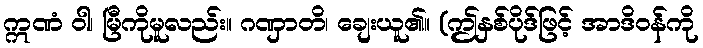
ဣဏံ ဝါ၊ မြီကိုမူလည်း။ ဂဏှာတိ၊ ချေးယူ၏။ (ဤနှစ်ပိုဒ်ဖြင့် အာဒိဝန်ကို